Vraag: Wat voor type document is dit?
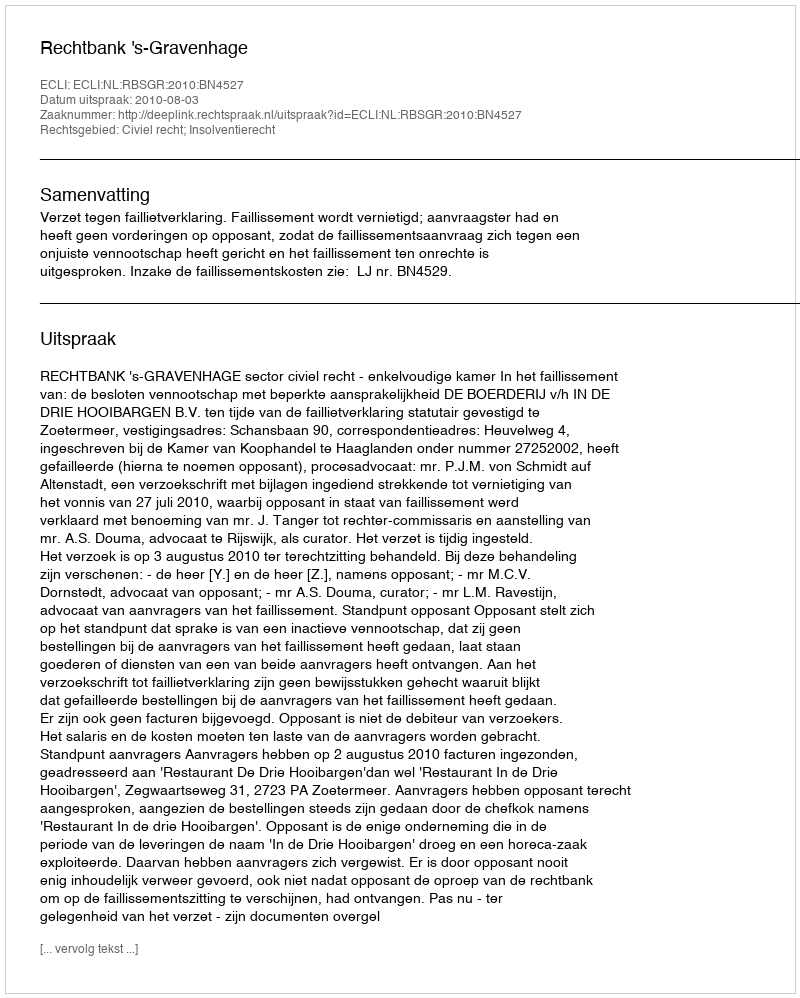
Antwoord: Uitspraak